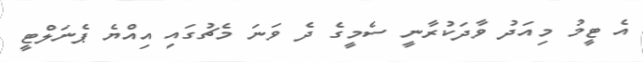
އެ ޓީމު މިއަދު ވާދަކުރާނީ ސެމީގެ ދެ ވަނަ މެޗުގައި އިއްޔެ ޕެނަލްޓީ